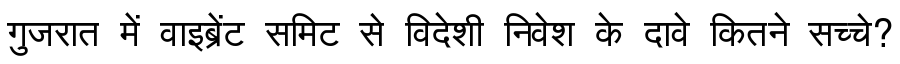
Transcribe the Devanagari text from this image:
गुजरात में वाइब्रेंट समिट से विदेशी निवेश के दावे कितने सच्चे?